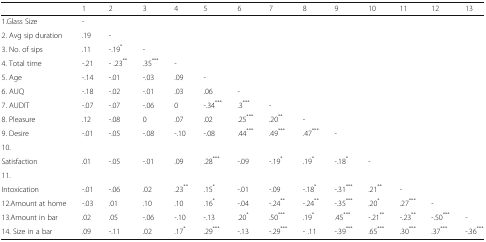
|  | 1 | 2 | 3 | 4 | 5 | 6 | 7 | 8 | 9 | 10 | 11 | 12 | 13 |
 | --- | --- | --- | --- | --- | --- | --- | --- | --- | --- | --- | --- | --- | --- |
 | 1.Glass Size | - |  |  |  |  |  |  |  |  |  |  |  |  |
 | 2. Avg sip duration | .19 | - |  |  |  |  |  |  |  |  |  |  |  |
 | 3. No. of sips | .11 | -.19* | - |  |  |  |  |  |  |  |  |  |  |
 | 4. Total time | -.21 | - .23** | .35*** | - |  |  |  |  |  |  |  |  |  |
 | 5. Age | -.14 | -.01 | -.03 | .09 | - |  |  |  |  |  |  |  |  |
 | 6. AUQ | -.18 | -.02 | -.01 | .03 | .06 | - |  |  |  |  |  |  |  |
 | 7. AUDIT | -.07 | -.07 | -.06 | 0 | -.34*** | .3*** | - |  |  |  |  |  |  |
 | 8. Pleasure | .12 | -.08 | 0 | .07 | .02 | .25*** | .20** | - |  |  |  |  |  |
 | 9. Desire | -.01 | -.05 | -.08 | -.10 | -.08 | .44*** | .49*** | .47*** | - |  |  |  |  |
 | 10. |  |  |  |  |  |  |  |  |  |  |  |  |  |
 | Satisfaction | .01 | -.05 | -.01 | .09 | .28*** | -.09 | -.19* | .19* | -.18* | - |  |  |  |
 | 11. |  |  |  |  |  |  |  |  |  |  |  |  |  |
 | Intoxication | -.01 | -.06 | .02 | .23** | .15* | -.01 | -.09 | -.18* | -.31*** | .21** | - |  |  |
 | 12.Amount at home | -.03 | .01 | .10 | .10 | .16* | -.04 | -.24** | -.24** | -.35*** | .20* | .27*** | - |  |
 | 13.Amount in bar | .02 | .05 | -.06 | -.10 | -.13 | .20* | .50*** | .19* | .45*** | -.21** | -.23** | -.50*** | - |
 | 14. Size in a bar | .09 | -.11 | .02 | .17* | .29*** | -.13 | -.29*** | - .11 | -.39*** | .65*** | .30*** | .37*** | -.36*** |